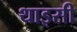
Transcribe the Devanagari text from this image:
थाइसी